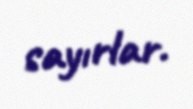
sayırlar.